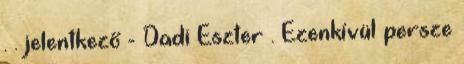
. . jelentkező - Dadi Eszter . Ezenkívül persze